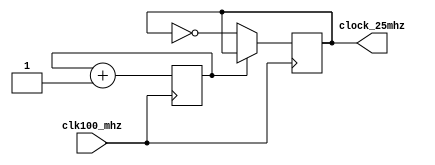
// Clock Divider from Lab 4

module clock_quarter_divider(input clk100_mhz, output reg clock_25mhz = 0);
    reg counter = 0;

    always @(posedge clk100_mhz) begin
        counter <= counter + 1;
        if (counter == 0) begin
            clock_25mhz <= ~clock_25mhz;
        end
    end
endmodule